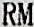
RM